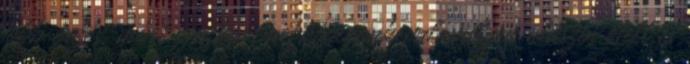
jobb érzés, mint amikor megkívánunk valamilyen olaszos ételt és